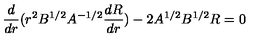
\frac { d } { d r } ( r ^ { 2 } B ^ { 1 / 2 } A ^ { - 1 / 2 } \frac { d R } { d r } ) - 2 A ^ { 1 / 2 } B ^ { 1 / 2 } R = 0